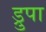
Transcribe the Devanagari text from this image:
ड्रुपा